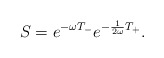
\begin{align*}S=e^{-\omega T_{-}} e^{-\frac{1}{2 \omega} T_{+}}.\end{align*}